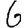
Digit: 6